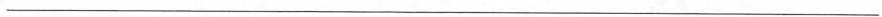
___